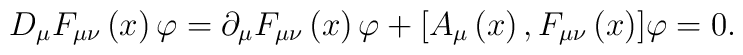
D_{\mu }F_{\mu \nu }\left( x\right) {\varphi }=\partial _{\mu }F_{\mu \nu}\left( x\right) {\varphi }+[A_{\mu }\left( x\right) ,F_{\mu \nu }\left(x\right) ]{\varphi }=0.